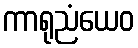
ကာရုညံယေဝ